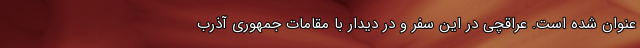
عنوان شده است. عراقچی در این سفر و در دیدار با مقامات جمهوری آذرب